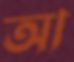
আ